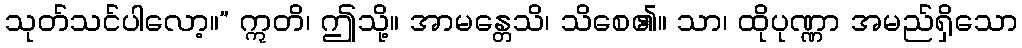
သုတ်သင်ပါလော့။” ဣတိ၊ ဤသို့။ အာမန္တေသိ၊ သိစေ၏။ သာ၊ ထိုပုဏ္ဏာ အမည်ရှိသော